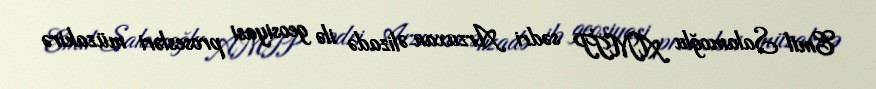
Emil Salamoğlu AMİP sədri Arzuxan Əlizadə ilə geosiyasi prosesləri müzakirə